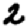
Digit: 2